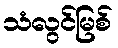
သံလွင်မြစ်